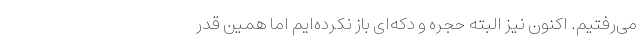
می‌رفتیم. اکنون نیز البته حجره و دکه‌ای باز نکرده‌ایم اما همین قدر